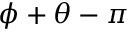
\phi + \theta - \pi